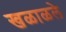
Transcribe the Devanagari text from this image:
खळाळले